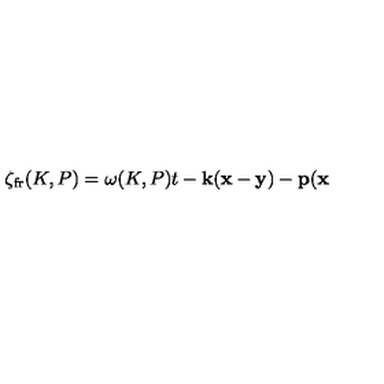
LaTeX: \zeta _ { \mathrm { f r } } ( K , P ) = \omega ( K , P ) t - { \bf k } ( { \bf x } - { \bf y } ) - { \bf p } ( { \bf x }